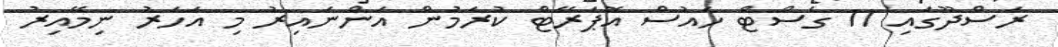
ރަސްދޫގައި 11 ގެސްޓް ހައުސް އޮޕަރޭޓް ކުރަމުން އަންނައިރު މި އަހަރު ނިމޭއިރު